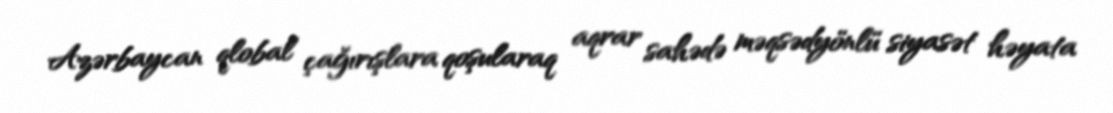
Azərbaycan qlobal çağırışlara qoşularaq aqrar sahədə məqsədyönlü siyasət həyata